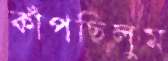
কাঁপছিলুম